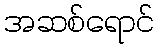
အဆစ်ရောင်